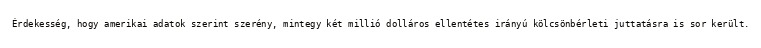
Érdekesség, hogy amerikai adatok szerint szerény, mintegy két millió dolláros ellentétes irányú kölcsönbérleti juttatásra is sor került.